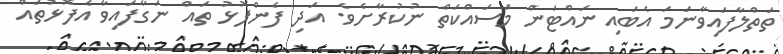
ތަތްލާފައިވާނަމަ އެބައި ނައްޓަން މަސައްކަތް ނުކުރާށެވެ. އަދި ފެންފޮޅު ތައް ނަގާފައިވާ އެފޮޅުތައް